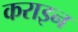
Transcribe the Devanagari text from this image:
कराइन